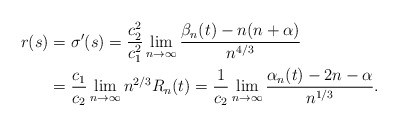
\begin{align*}r(s)&=\sigma'(s)=\frac{c_2^2}{c_1^2}\lim\limits_{n\to\infty}\frac{\beta_n(t)-n(n+\alpha)}{n^{4/3}}\\&=\frac{c_1}{c_2}\lim\limits_{n\to\infty}n^{2/3}R_{n}(t)=\frac{1}{c_2}\lim\limits_{n\to\infty}\frac{\alpha_n(t)-2n-\alpha}{n^{1/3}}.\end{align*}